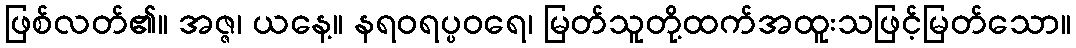
ဖြစ်လတ်၏။ အဇ္ဇ၊ ယနေ့။ နရဝရပ္ပဝရေ၊ မြတ်သူတို့ထက်အထူးသဖြင့်မြတ်သော။